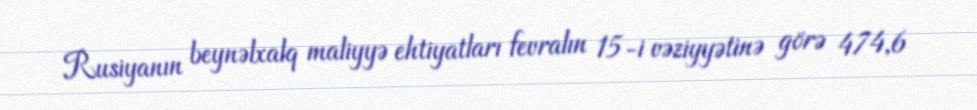
Rusiyanın beynəlxalq maliyyə ehtiyatları fevralın 15-i vəziyyətinə görə 474,6